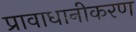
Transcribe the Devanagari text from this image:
प्रावाधानीकरण